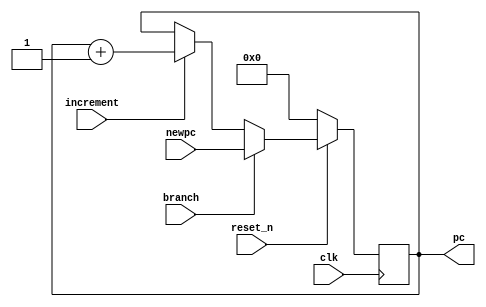
module pc (input clk, reset_n, branch, increment, input [7:0] newpc,output reg [7:0] pc);
			
parameter RESET_LOCATION = 8'h00;

always @(posedge clk)
	begin
		if (!reset_n)
			pc <= RESET_LOCATION;
		else if (branch)
			pc <= newpc;
		else if (increment)
			pc <= pc + 8'b00000001; 
	end	
endmodule